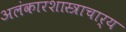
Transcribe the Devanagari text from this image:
अलंकारशास्त्राचार्य